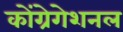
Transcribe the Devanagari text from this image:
कोंग्रेगेशनल